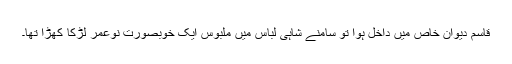
قاسم دیوان خاص میں داخل ہوا تو سامنے شاہی لباس میں ملبوس ایک خوبصورت نوعمر لڑکا کھڑا تھا۔